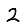
Digit: 2